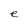
Character: e